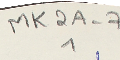
MK2A-7       1